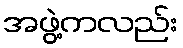
အဖွဲ့ကလည်း